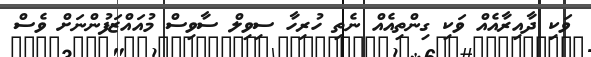
ވަކި ދާއިރާއެއް ވަކި ގިންތިއެއް ނެތި ހުރިހާ ސިވިލް ސާވިސް މުއައްޒަފުންނަށް ވެސް